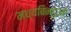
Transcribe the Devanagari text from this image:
मध्यबिन्दुओं